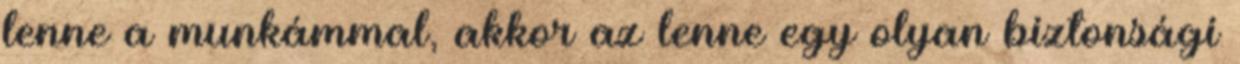
lenne a munkámmal, akkor az lenne egy olyan biztonsági